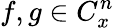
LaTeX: f,g\in C_{x}^{n}